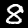
Digit: 8